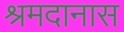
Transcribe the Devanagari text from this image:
श्रमदानास